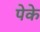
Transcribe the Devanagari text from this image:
पेके